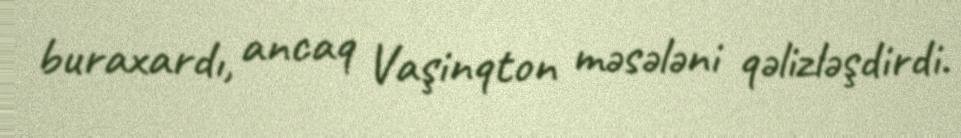
buraxardı, ancaq Vaşinqton məsələni qəlizləşdirdi.